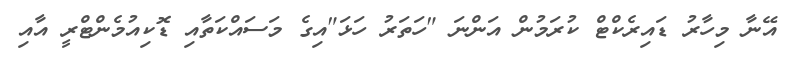
އޭނާ މިހާރު ޑައިރެކްޓް ކުރަމުން އަންނަ "ހަތަރު ހަޅަ"އިގެ މަސައްކަތާއި ޑޮކިއުމެންޓްރީ އާއި